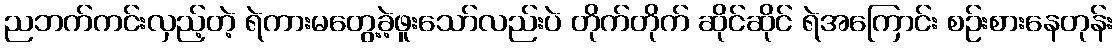
ညဘက်ကင်းလှည့်တဲ့ ရဲကားမတွေ့ခဲ့ဖူးသော်လည်းပဲ တိုက်တိုက် ဆိုင်ဆိုင် ရဲအကြောင်း စဉ်းစားနေတုန်း